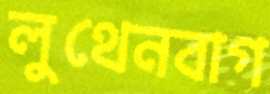
লুথেনবাগ